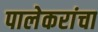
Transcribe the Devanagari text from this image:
पालेकरांचा